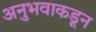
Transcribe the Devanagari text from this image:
अनुभवाकडून